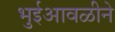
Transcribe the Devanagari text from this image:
भुईआवळीने